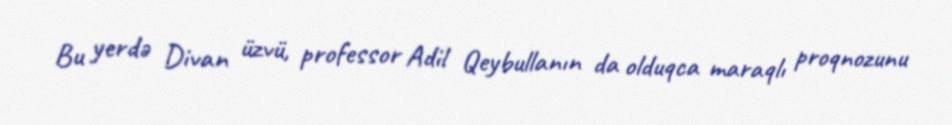
Bu yerdə Divan üzvü, professor Adil Qeybullanın da olduqca maraqlı proqnozunu